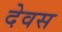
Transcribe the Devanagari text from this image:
देवस